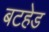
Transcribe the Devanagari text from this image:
बटहेड